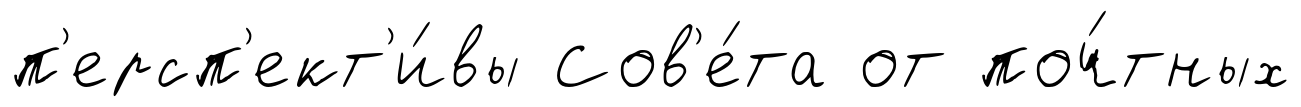
п'ерсп'ект'и́вы Сов'е́та от поч́тных